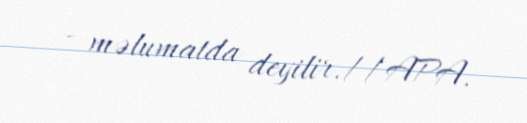
- məlumatda deyilir.//APA.